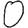
Digit: 0